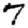
Digit: 7